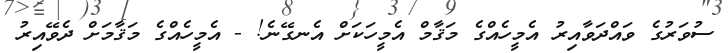
ސުވަރުގެ ވައްދަވާއިރު އެމީހެއްގެ މަޤާމް އެމީހަކަށް އެނގޭނެ! - އެމީހެއްގެ މަޤާމަށް ދެވޭއިރު